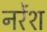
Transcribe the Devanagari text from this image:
नरेंश